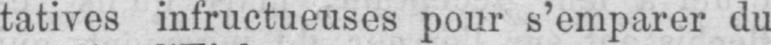
tatives infructueuses pour s’emparer du